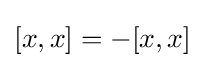
[x,x]=-[x,x]